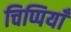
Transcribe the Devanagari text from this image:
चिप्पियाँ